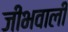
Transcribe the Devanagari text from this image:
जीभवाली